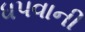
ધપવાની